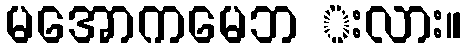
မအောကမေဘ းလား။